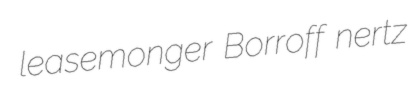
leasemonger Borroff nertz